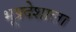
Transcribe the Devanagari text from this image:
भूप्रदेशाला